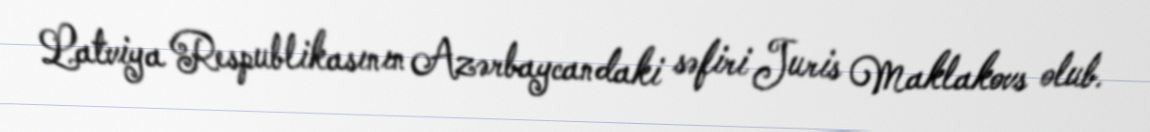
Latviya Respublikasının Azərbaycandaki səfiri Juris Maklakovs olub.